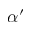
\alpha ^ { \prime }